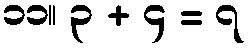
၁၁။ ၃ + ၄ = ၇